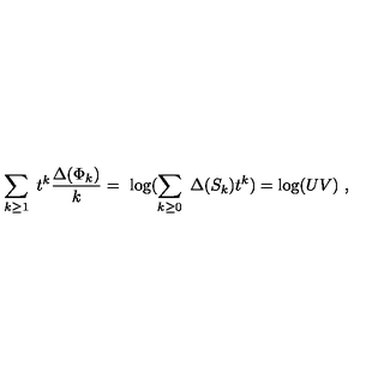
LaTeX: \sum _ { k \geq 1 } \ t ^ { k } { \frac { \Delta ( \Phi _ { k } ) } { k } } = \ \log ( \sum _ { k \geq 0 } \ \Delta ( S _ { k } ) t ^ { k } ) = \log ( U V ) \ ,